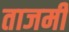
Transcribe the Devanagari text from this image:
ताजमी